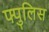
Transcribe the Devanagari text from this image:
फ्पुलिस